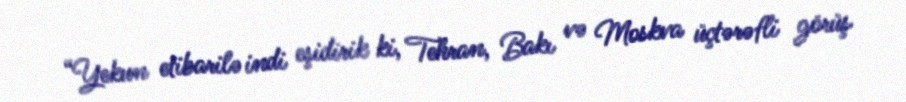
“Yekun etibarilə indi eşidirik ki, Tehran, Bakı və Moskva üçtərəfli görüş